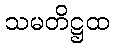
သမတိဋ္ဌထ